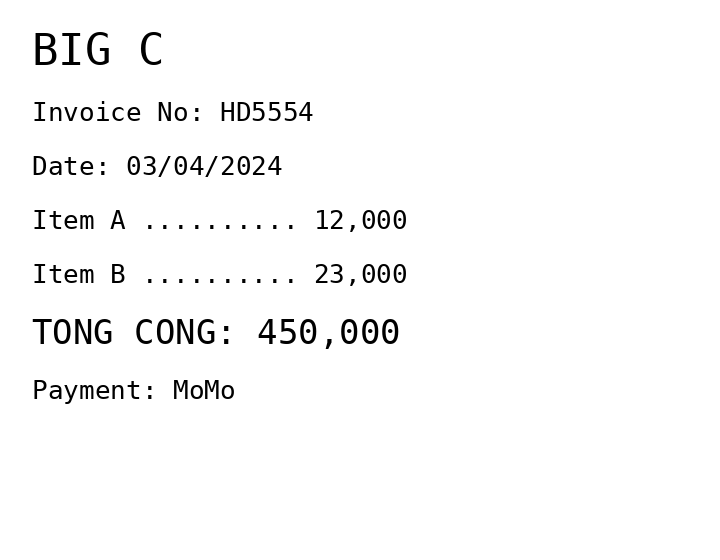
BIG C
Invoice No: HD5554
Date: 03/04/2024
Item A .......... 12,000
Item B .......... 23,000
TONG CONG: 450,000
Payment: MoMo
Merchant: big c
Date: 2024-04-03
Total: 450000
Invoice No: HD5554
Payment method: MOMO